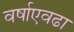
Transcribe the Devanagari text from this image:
वर्षाएवढा